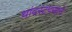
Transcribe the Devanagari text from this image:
धांदरटपणाने